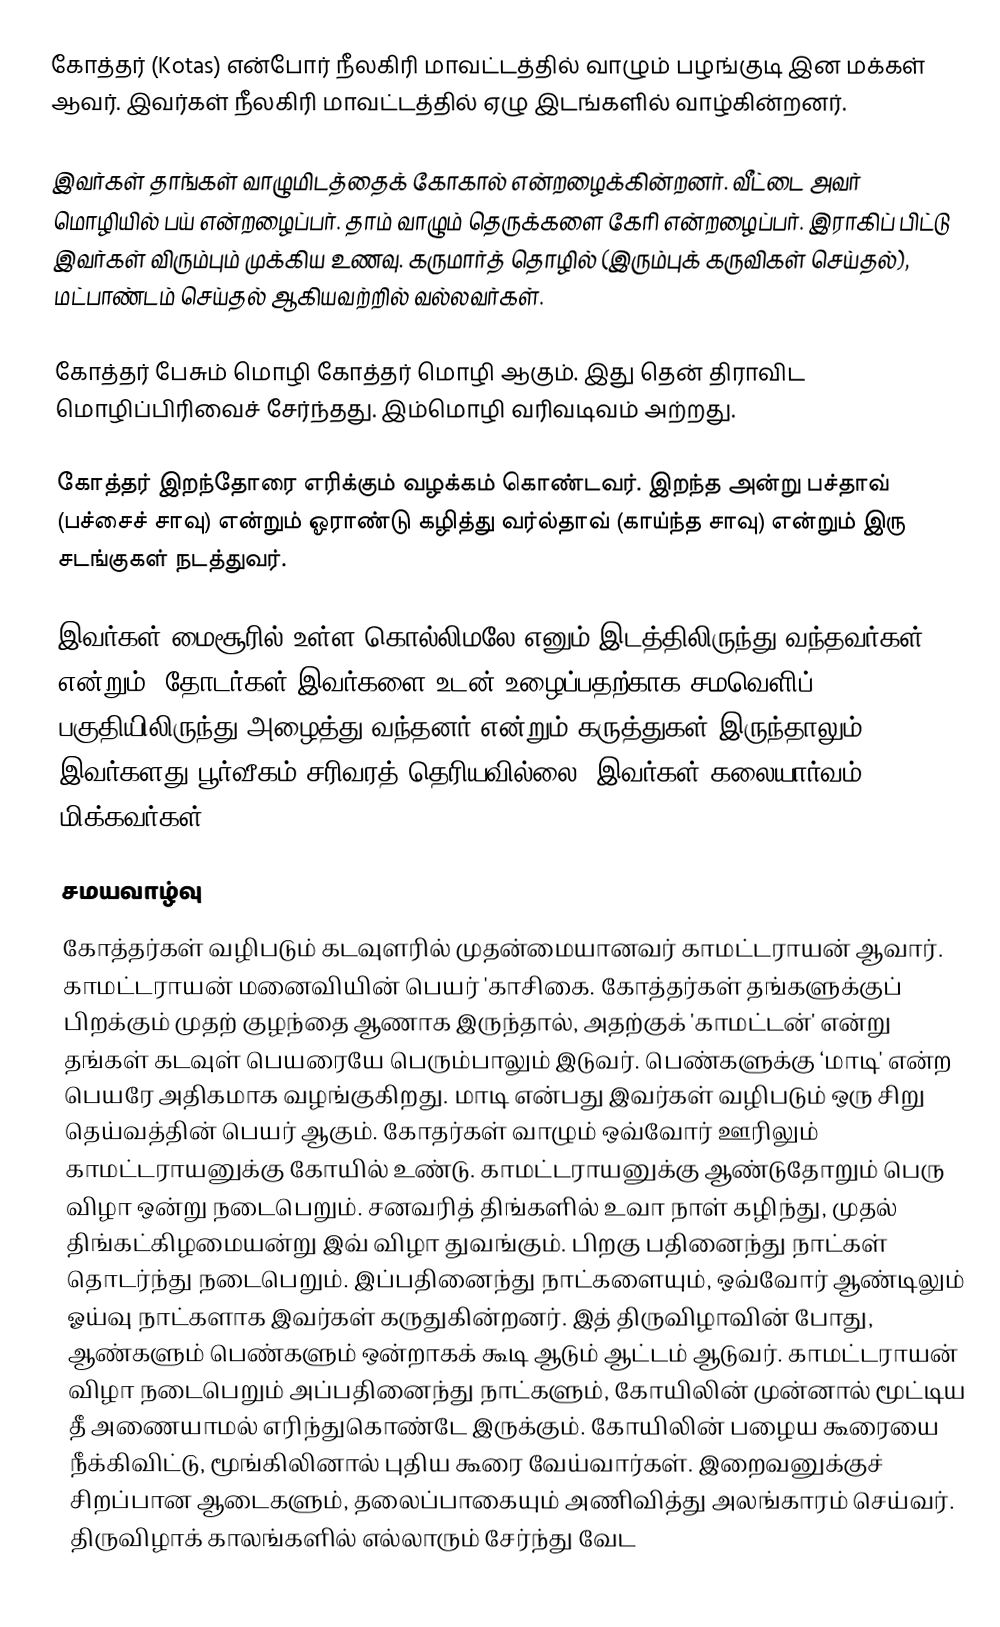
கோத்தர் (Kotas) என்போர் நீலகிரி மாவட்டத்தில் வாழும் பழங்குடி இன மக்கள் ஆவர். இவர்கள் நீலகிரி மாவட்டத்தில் ஏழு இடங்களில் வாழ்கின்றனர்.

இவர்கள் தாங்கள் வாழுமிடத்தைக் கோகால் என்றழைக்கின்றனர். வீட்டை அவர் மொழியில் பய் என்றழைப்பர். தாம் வாழும் தெருக்களை கேரி என்றழைப்பர். இராகிப் பிட்டு இவர்கள் விரும்பும் முக்கிய உணவு. கருமார்த் தொழில் (இரும்புக் கருவிகள் செய்தல்), மட்பாண்டம் செய்தல் ஆகியவற்றில் வல்லவர்கள்.

கோத்தர் பேசும் மொழி கோத்தர் மொழி ஆகும். இது தென் திராவிட மொழிப்பிரிவைச் சேர்ந்தது. இம்மொழி வரிவடிவம் அற்றது.

கோத்தர் இறந்தோரை எரிக்கும் வழக்கம் கொண்டவர். இறந்த அன்று பச்தாவ் (பச்சைச் சாவு) என்றும் ஓராண்டு கழித்து வர்ல்தாவ் (காய்ந்த சாவு) என்றும் இரு சடங்குகள் நடத்துவர்.

இவர்கள் மைசூரில் உள்ள கொல்லிமலே எனும் இடத்திலிருந்து வந்தவர்கள் என்றும், தோடர்கள் இவர்களை உடன் உழைப்பதற்காக சமவெளிப் பகுதியிலிருந்து அழைத்து வந்தனர் என்றும் கருத்துகள் இருந்தாலும் இவர்களது பூர்வீகம் சரிவரத் தெரியவில்லை. இவர்கள் கலையார்வம் மிக்கவர்கள்.

சமயவாழ்வு
கோத்தர்கள் வழிபடும் கடவுளரில் முதன்மையானவர் காமட்டராயன் ஆவார்.  காமட்டராயன் மனைவியின் பெயர் 'காசிகை. கோத்தர்கள் தங்களுக்குப் பிறக்கும் முதற் குழந்தை ஆணாக இருந்தால், அதற்குக் 'காமட்டன்' என்று தங்கள் கடவுள் பெயரையே பெரும்பாலும் இடுவர். பெண்களுக்கு ‘மாடி' என்ற பெயரே அதிகமாக வழங்குகிறது. மாடி என்பது இவர்கள் வழிபடும் ஒரு சிறு தெய்வத்தின் பெயர் ஆகும். கோதர்கள் வாழும் ஒவ்வோர் ஊரிலும் காமட்டராயனுக்கு கோயில் உண்டு. காமட்டராயனுக்கு ஆண்டுதோறும் பெரு விழா ஒன்று நடைபெறும். சனவரித் திங்களில் உவா நாள் கழிந்து, முதல் திங்கட்கிழமையன்று இவ் விழா துவங்கும். பிறகு பதினைந்து நாட்கள் தொடர்ந்து நடைபெறும். இப்பதினைந்து நாட்களையும், ஒவ்வோர் ஆண்டிலும் ஓய்வு நாட்களாக இவர்கள் கருதுகின்றனர். இத் திருவிழாவின் போது, ஆண்களும் பெண்களும் ஒன்றாகக் கூடி ஆடும் ஆட்டம் ஆடுவர். காமட்டராயன் விழா நடைபெறும் அப்பதினைந்து நாட்களும், கோயிலின் முன்னால் மூட்டிய தீ அணையாமல் எரிந்துகொண்டே இருக்கும். கோயிலின் பழைய கூரையை நீக்கிவிட்டு, மூங்கிலினால் புதிய கூரை வேய்வார்கள். இறைவனுக்குச் சிறப்பான ஆடைகளும், தலைப்பாகையும் அணிவித்து அலங்காரம் செய்வர். திருவிழாக் காலங்களில் எல்லாரும் சேர்ந்து வேட